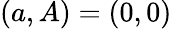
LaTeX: (a,A)=(0,0)